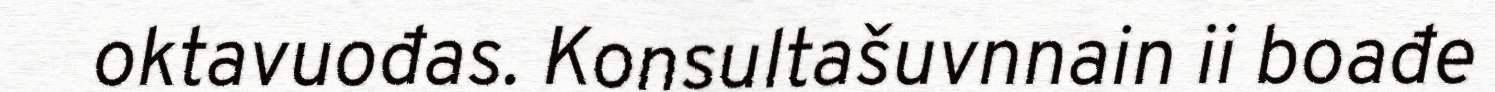
oktavuođas. Konsultašuvnnain ii boađe